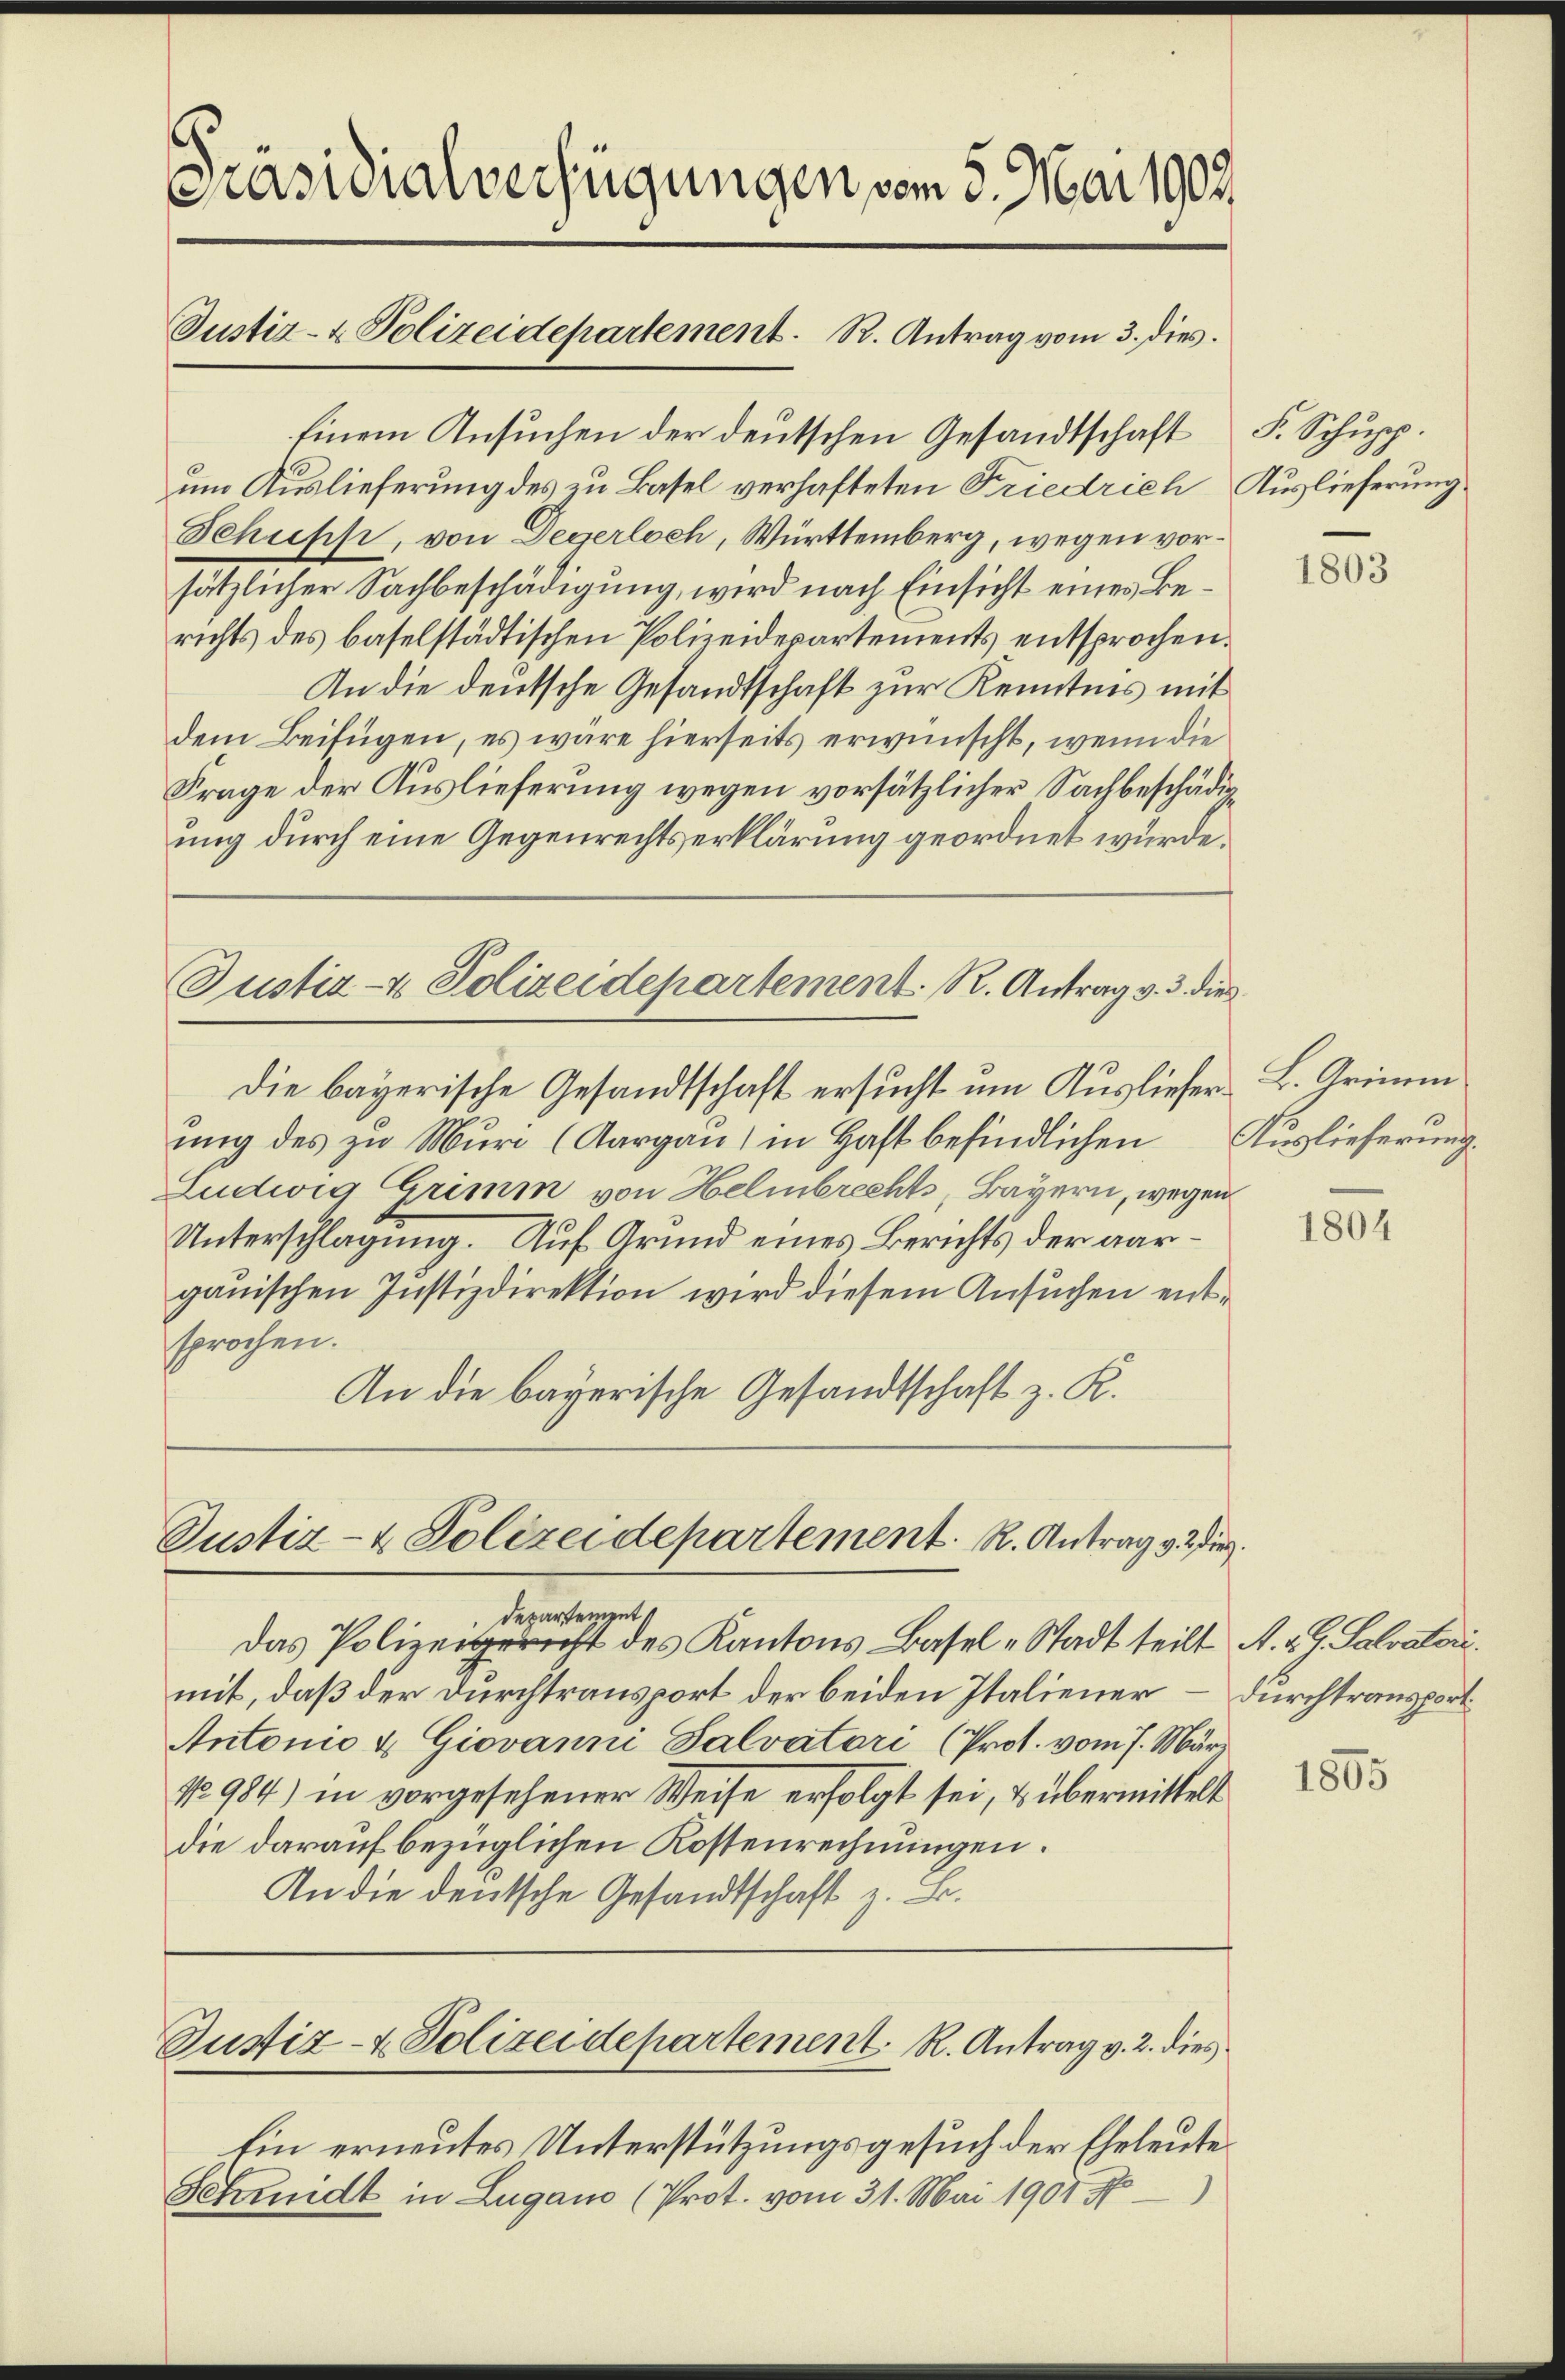
Pasuialverfügungen vom 5. Mai 1909
Justiz- & Polizeidepartement. R. Antrag vom 3. dies
Einem Ansuchen der deutschen Gesandtschaft
um Auslieferung des zu Basel verhafteten Friedrich Auslieferung

Schüsse, von Degerloch, Württemberg, wegen vorsätzlicher Sachbeschädigung, wird nach Einsicht eines Berichts des baselstädtischen Polizeidepartements entsprochen.
An die deutsche Gesandtschaft zur Kenntnis mit
dem Beifügen, es wäre hierseits erwünscht, wenn die
Frage der Auslieferung wegen vorsätzlicher Sachbeschädigung durch eine Gegenrechtserklärung geordnet würde.

Justiz- & Polizeidepartement. R. Antrag v. 3. die

Justiz- & Polizeidepartement. R. Antrag vie

Die bayerische Gesandtschaft ersucht um Ausliefer L. Grimm
ung des zu Muri (Aargau) in Haft befindlichen
Ludwig Grimm von Helmbrechts, Bayern, wegen
Unterschlagung. Auf Grund eines Berichts der aargauischen Justizdirektion wird diesem Ansuchen entsprochen.
An die bayerische Gesandtschaft z. K.

Departement
Das Polizeigericht des Kantons Basel-Stadt teilt A. v. G. Salvatori.
mit, daß der Durchtransport der beiden Italiener
Antonio & Giovanni Salvatori (Prot. vom 7. März
1984) in vorgesehener Weise erfolgt sei, & übermittelt
die darauf bezüglichen Kostenrechnungen.
An die deutsche Gesandtschaft z. B.

Ein erneutes Unterstützungsgesuch der Eheleute
Schmidt in Lugano (Prot. vom 31. Mai 1901

Justiz- & Polizeidepartement. R. Antrag v. 2. dies

F. Schupp.

1803

Auslieferung.

1804

durchtransport

1805